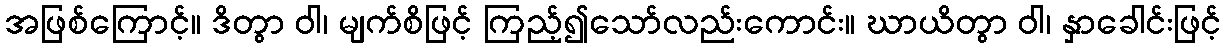
အဖြစ်ကြောင့်။ ဒိတွာ ဝါ၊ မျက်စိဖြင့် ကြည့်၍သော်လည်းကောင်း။ ဃာယိတွာ ဝါ၊ နှာခေါင်းဖြင့်